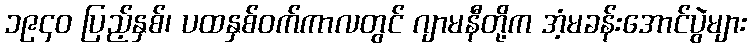
၁၉၄၀ ပြည့်နှစ်၊ ပထနှစ်ဝက်ကာလတွင် ဂျာမနီတို့က အံ့မခန်းအောင်ပွဲများ